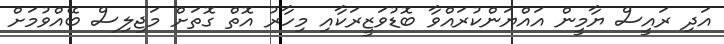
އަދި ރައީސް ޔާމީން އައްޔަންކުރައްވާ ބޮޑުވަޒީރަކާއި މިހާރު އޮތް ގޮތަށް މަޖިލިސް ބޭއްވުމަށް